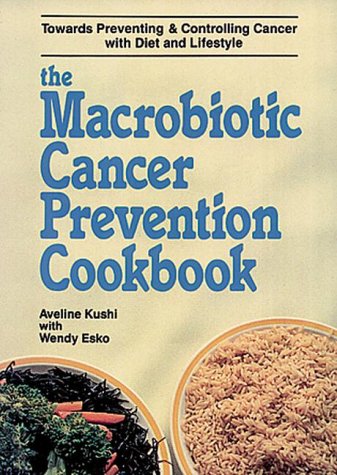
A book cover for The Macrobiotic Cancer Prevention Cookbook; Aveline Kushi; Health, Fitness & Dieting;